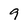
Character: 9